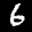
Label: 6